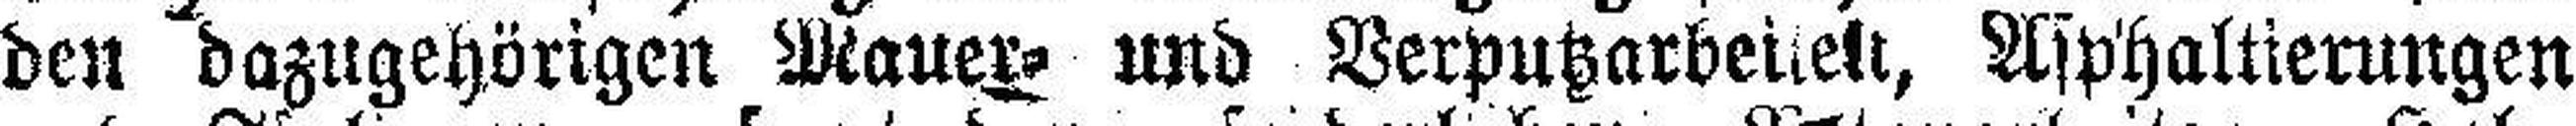
den dazugehörigen Mauetz und Verputzarbe###elt, Asphaltierungen